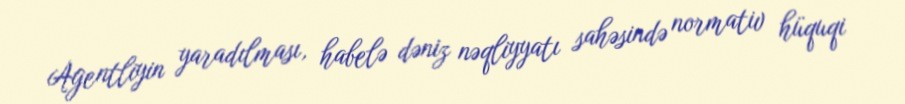
Agentliyin yaradılması, habelə dəniz nəqliyyatı sahəsində normativ hüquqi